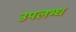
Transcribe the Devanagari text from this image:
उपलभ्ध